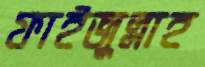
ফাইজুল্লাহ